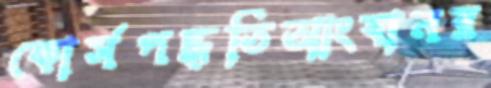
কোর্সপদ্ধতিআংবানর